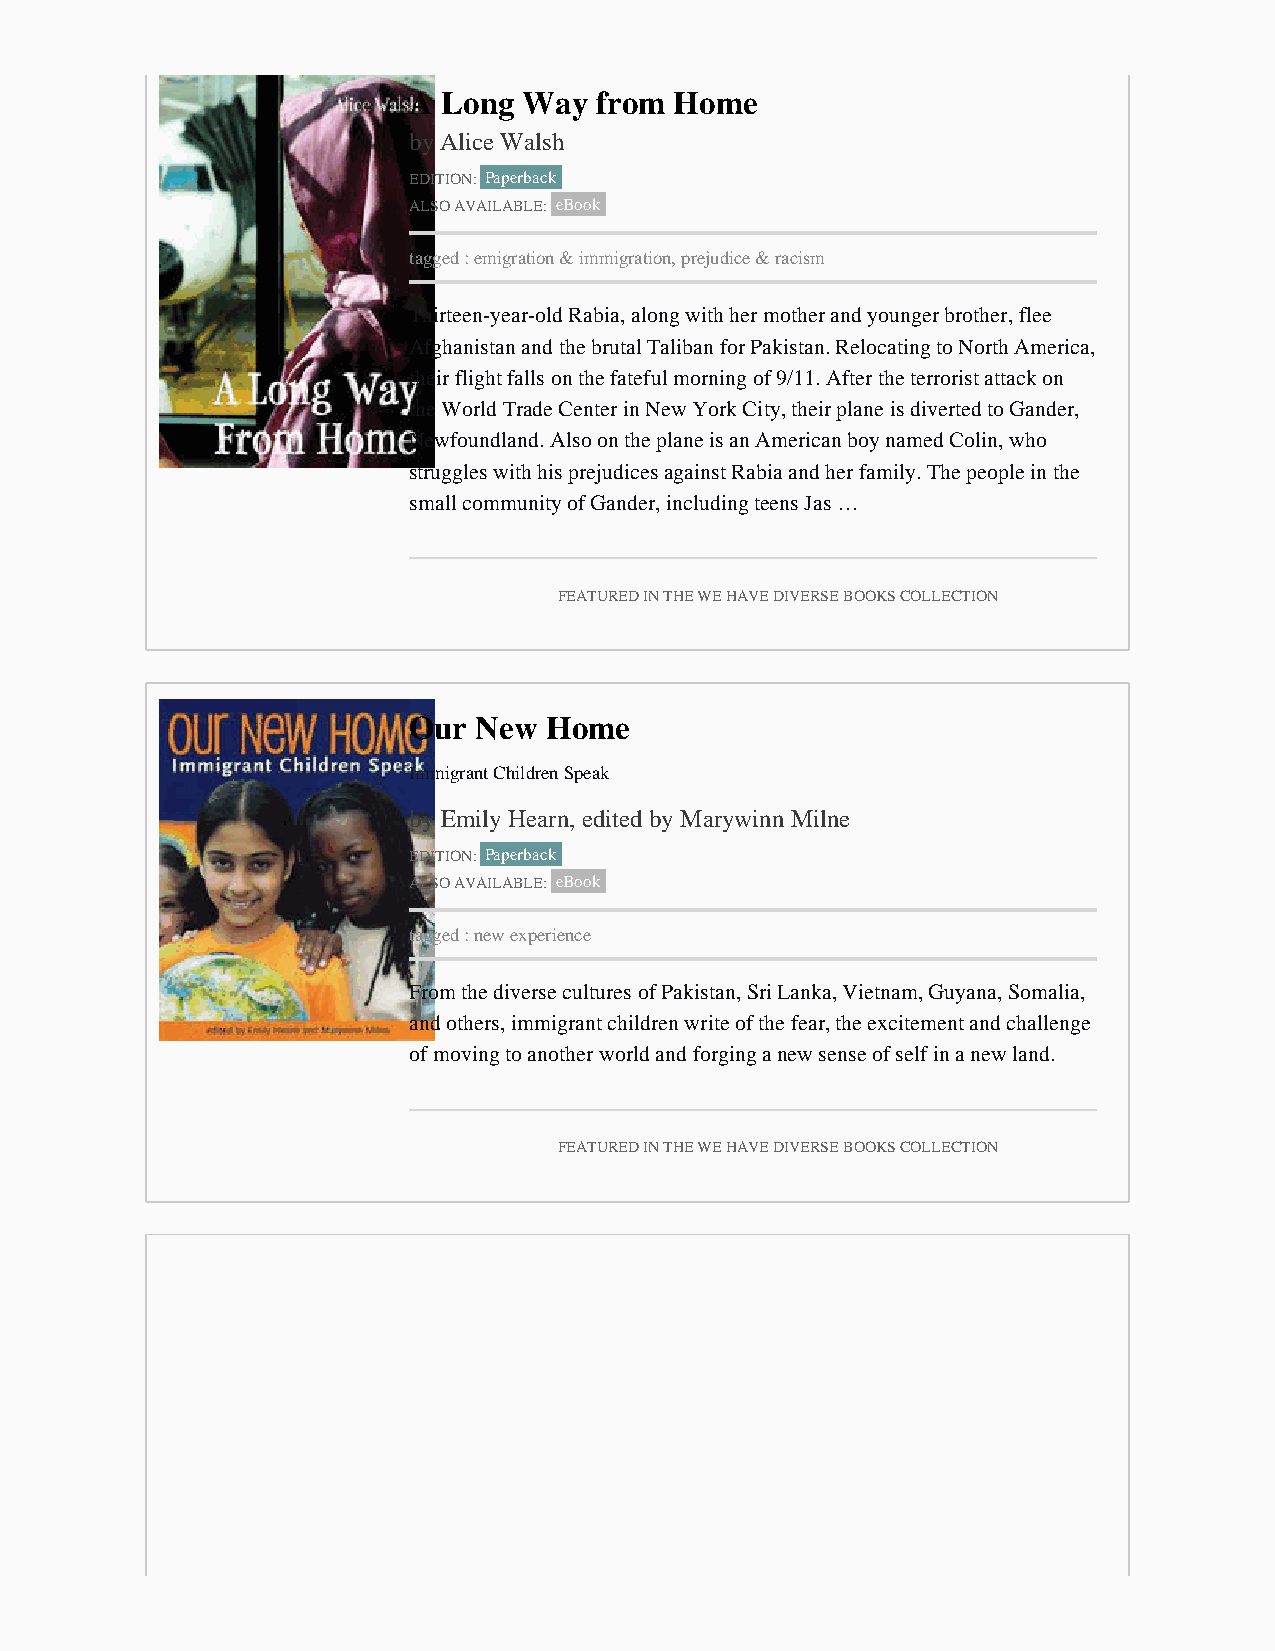
A Long  Way from  Home
 by Alice Walsh
 EDITION: Paperback
 ALSO AVAILABLE: eBook
 tagged : emigration & immigration, prejudice & racism
 Thirteen-year-old Rabia, along with her mother and younger brother, flee
 Afghanistan and the brutal Taliban for Pakistan. Relocating to North America,
 their flight falls on the fateful morning of 9/11. After the terrorist attack on
 the World Trade Center in New York City, their plane is diverted to Gander,
 Newfoundland. Also on the plane is an American boy named Colin, who
 struggles with his prejudices against Rabia and her family. The people in the
 small community of Gander, including teens Jas …
 FEATURED IN THE WE HAVE DIVERSE BOOKS COLLECTION
 Our  New Home
 Immigrant Children Speak
 by Emily Hearn, edited by Marywinn Milne
 EDITION: Paperback
 ALSO AVAILABLE: eBook
 tagged : new experience
 From the diverse cultures of Pakistan, Sri Lanka, Vietnam, Guyana, Somalia,
 and others, immigrant children write of the fear, the excitement and challenge
 of moving to another world and forging a new sense of self in a new land.
 FEATURED IN THE WE HAVE DIVERSE BOOKS COLLECTION